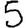
Digit: 5